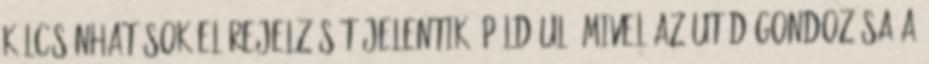
kölcsönhatások előrejelzését jelentik. Például, mivel az utód gondozása a